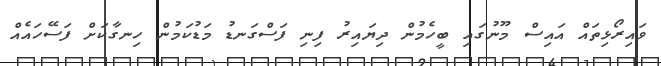
ވައިރޯޅިތައް އައިސް މޫނުގައި ބީހެމުން ދިޔައިރު ފިނި ފަސްގަނޑު މަޑުކަމުން ހިނގާކަށް ފަސޭހައެއް